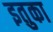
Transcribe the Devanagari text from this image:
इतुका